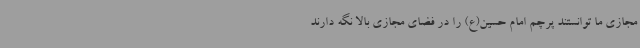
مجازی ما توانستند پرچم امام حسین(ع) را در فضای مجازی بالا نگه دارند